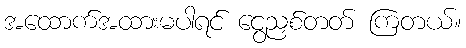
အထောက်အထားမပါရင် ငွေညှစ်တတ် ကြတယ်။